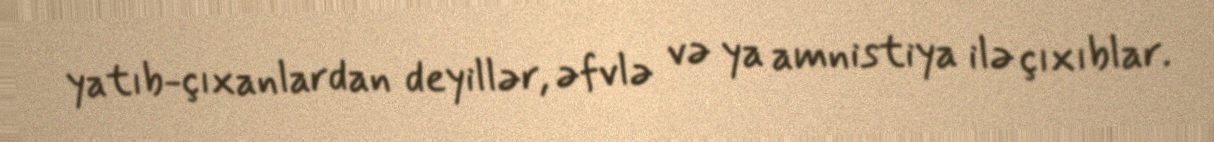
yatıb-çıxanlardan deyillər, əfvlə və ya amnistiya ilə çıxıblar.